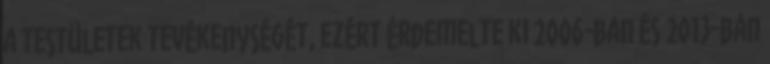
a testületek tevékenységét, ezért érdemelte ki 2006-ban és 2013-ban